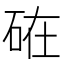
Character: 𥒒